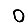
Digit: 0